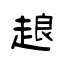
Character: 𧻴